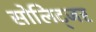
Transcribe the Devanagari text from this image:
सोलिट्जर